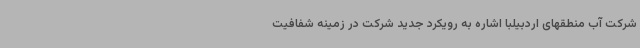
شرکت آب منطقهای اردبیلبا اشاره به رویکرد جدید شرکت در زمینه شفافیت